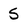
Character: 5